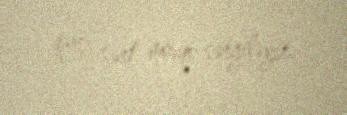
qarşı sərt mövqe sərgiləyir.